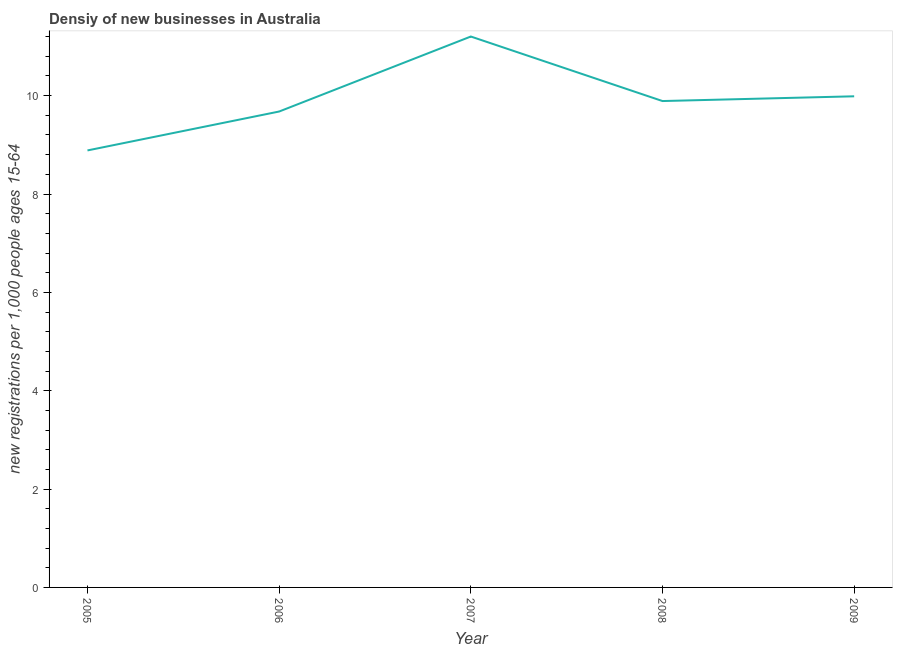
| Year | New business density |
 | --- | --- |
 | 2005 | 8.89 |
 | 2006 | 9.68 |
 | 2007 | 11.2 |
 | 2008 | 9.89 |
 | 2009 | 9.99 |